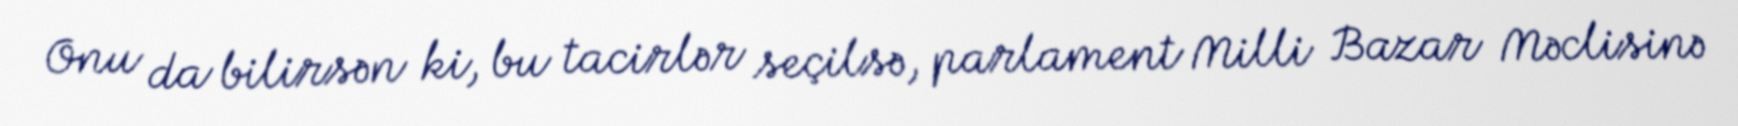
Onu da bilirsən ki, bu tacirlər seçilsə, parlament Milli Bazar Məclisinə